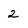
Character: 2